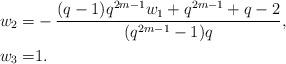
LaTeX: \begin{align*} w_2=&-\frac{(q-1)q^{2m-1}w_1+q^{2m-1}+q-2}{(q^{2m-1}-1)q}, \\ w_3=&1. \end{align*}